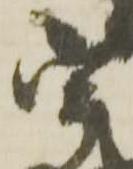
宇